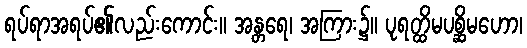
ရပ်ရာအရပ်၏လည်းကောင်း။ အန္တရေ၊ အကြား၌။ ပုရတ္ထိမပစ္ဆိမဟော၊